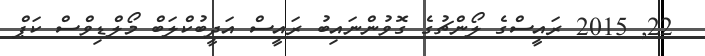
22